Leaving Certificate Examination, 1907
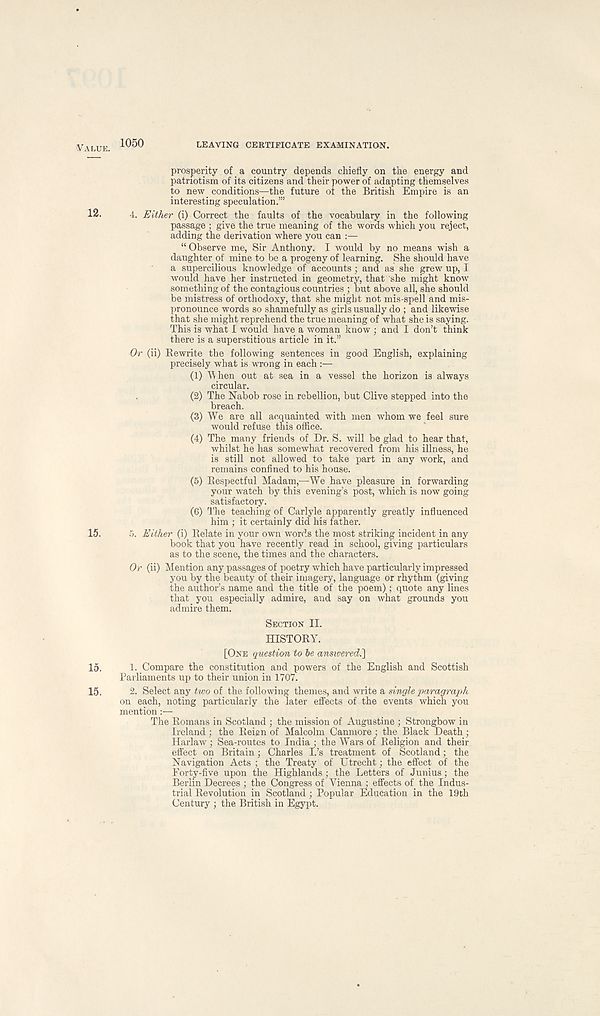
LEAVING CERTIFICATE EXAMINATION.
VALUE.
12.
15.
15.
15.
1050
prosperity of a country depends chiefly on the energy and
patriotism of its citizens and their power of adapting themselves
to new conditions—the future of the British Empire is an
interesting speculation.’”
4. Either (i) Correct the faults of the vocabulary in the following
passage ; give the true meaning of the words which you reject,
adding the derivation where you can :—
“Observe me, Sir Anthony. I would by no means wish a
daughter of mine to be a progeny of learning. She should have
a supercilious knowledge of accounts; and as she grew up, I
would have her instructed in geometry, that she might know
something of the contagious countries ; but above all, she should
be mistress of orthodoxy, that she might not mis-spell and mis-
pronounce words so shamefully as girls usually do ; and likewise
that she might reprehend the true meaning of what she is saying.
This is what I would have a woman know ; and I don’t think
there is a superstitious article in it.”
Or (ii) Rewrite the following sentences in good English, explaining
precisely what is wrong in each :—
(1) W hen out at sea in a vessel the horizon is always
circular.
(2) The Nabob rose in rebellion, but Clive stepped into the
breach.
(3) We are all acquainted with men whom we feel sure
would refuse this office.
(4) The many friends of Dr. S. will be glad to hear that,
whilst he has somewhat recovered from his illness, he
is still not allowed to take part in any work, and
remains confined to his house.
(5) Respectful Madam,—We have pleasure in forwarding
your watch by this evening’s post, which is now going
satisfactory.
(6) The teaching of Carlyle apparently greatly influenced
him ; it certainly did his father.
5. Either (i) Relate in your own words the most striking incident in any
book that you have recently read in school, giving particulars
as to the scene, the times and the characters.
Or (ii) Mention any passages of poetry which have particularly impressed
you by the beauty of their imagery, language or rhythm (giving
the author’s name and the title of the poem) ; quote any lines
that you especially admire, and say on what grounds you
admire them.
SECTION II.
HISTORY.
[ONE question to be ansiveredi]
1. Compare the constitution and powers of the English and Scottish
Parliaments up to their union in 1707.
2. Select any two of the following themes, and write a single paragraph
on each, noting particularly the later effects of the events which you
mention :—
The Romans in Scotland ; the mission of Augustine ; Strongbow in
Ireland ; the Reign of Malcolm Canmore ; the Black Death;
Harlaw; Sea-routes to India • the Wars of Religion and their
effect on Britain; Charles I.’s treatment of Scotland; the
Navigation Acts ; the Treaty of Utrecht; the effect of the
Forty-five upon the Highlands ; the Letters of Junius ; the
Berlin Decrees ; the Congress of Vienna ; effects of the Indus-
trial Revolution in Scotland ; Popular Education in the 19th
Century ; the British in Egypt.